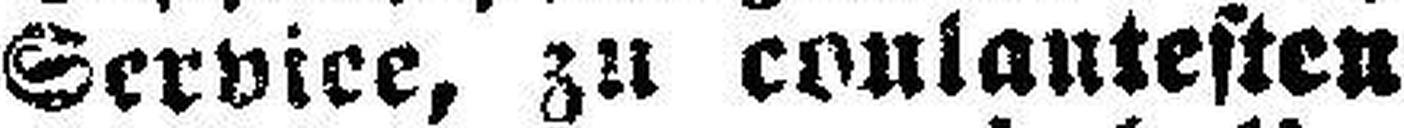
Service, zu coulantesten